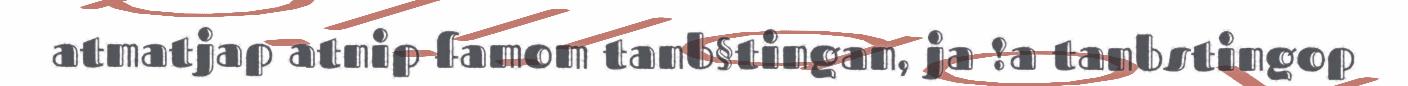
atmatjap atnip famom tanb§tingan, ja !a tanbstingop